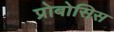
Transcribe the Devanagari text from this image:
प्रोबोसिस